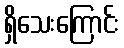
ရှိသေးကြောင်း